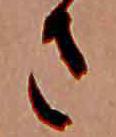
さ